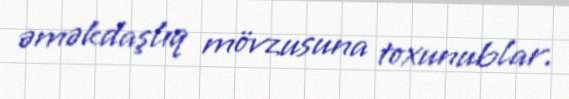
əməkdaşlıq mövzusuna toxunublar.